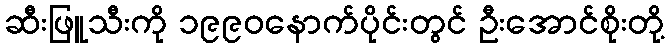
ဆီးဖြူသီးကို ၁၉၉၀နောက်ပိုင်းတွင် ဦးအောင်စိုးတို့